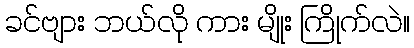
ခင်ဗျား ဘယ်လို ကား မျိုး ကြိုက်လဲ။